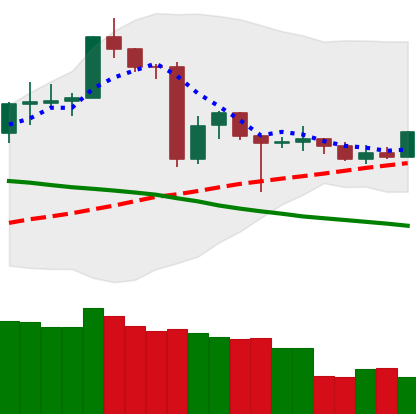
Ticker: TRX-USD
Chart end date: 2020-06-22
Forward return: -5.009%
Label: down_5_7